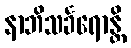
နာဘိသင်္ခရောန္တိ